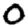
Digit: 0